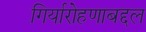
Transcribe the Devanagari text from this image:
गिर्यारोहणाबद्दल